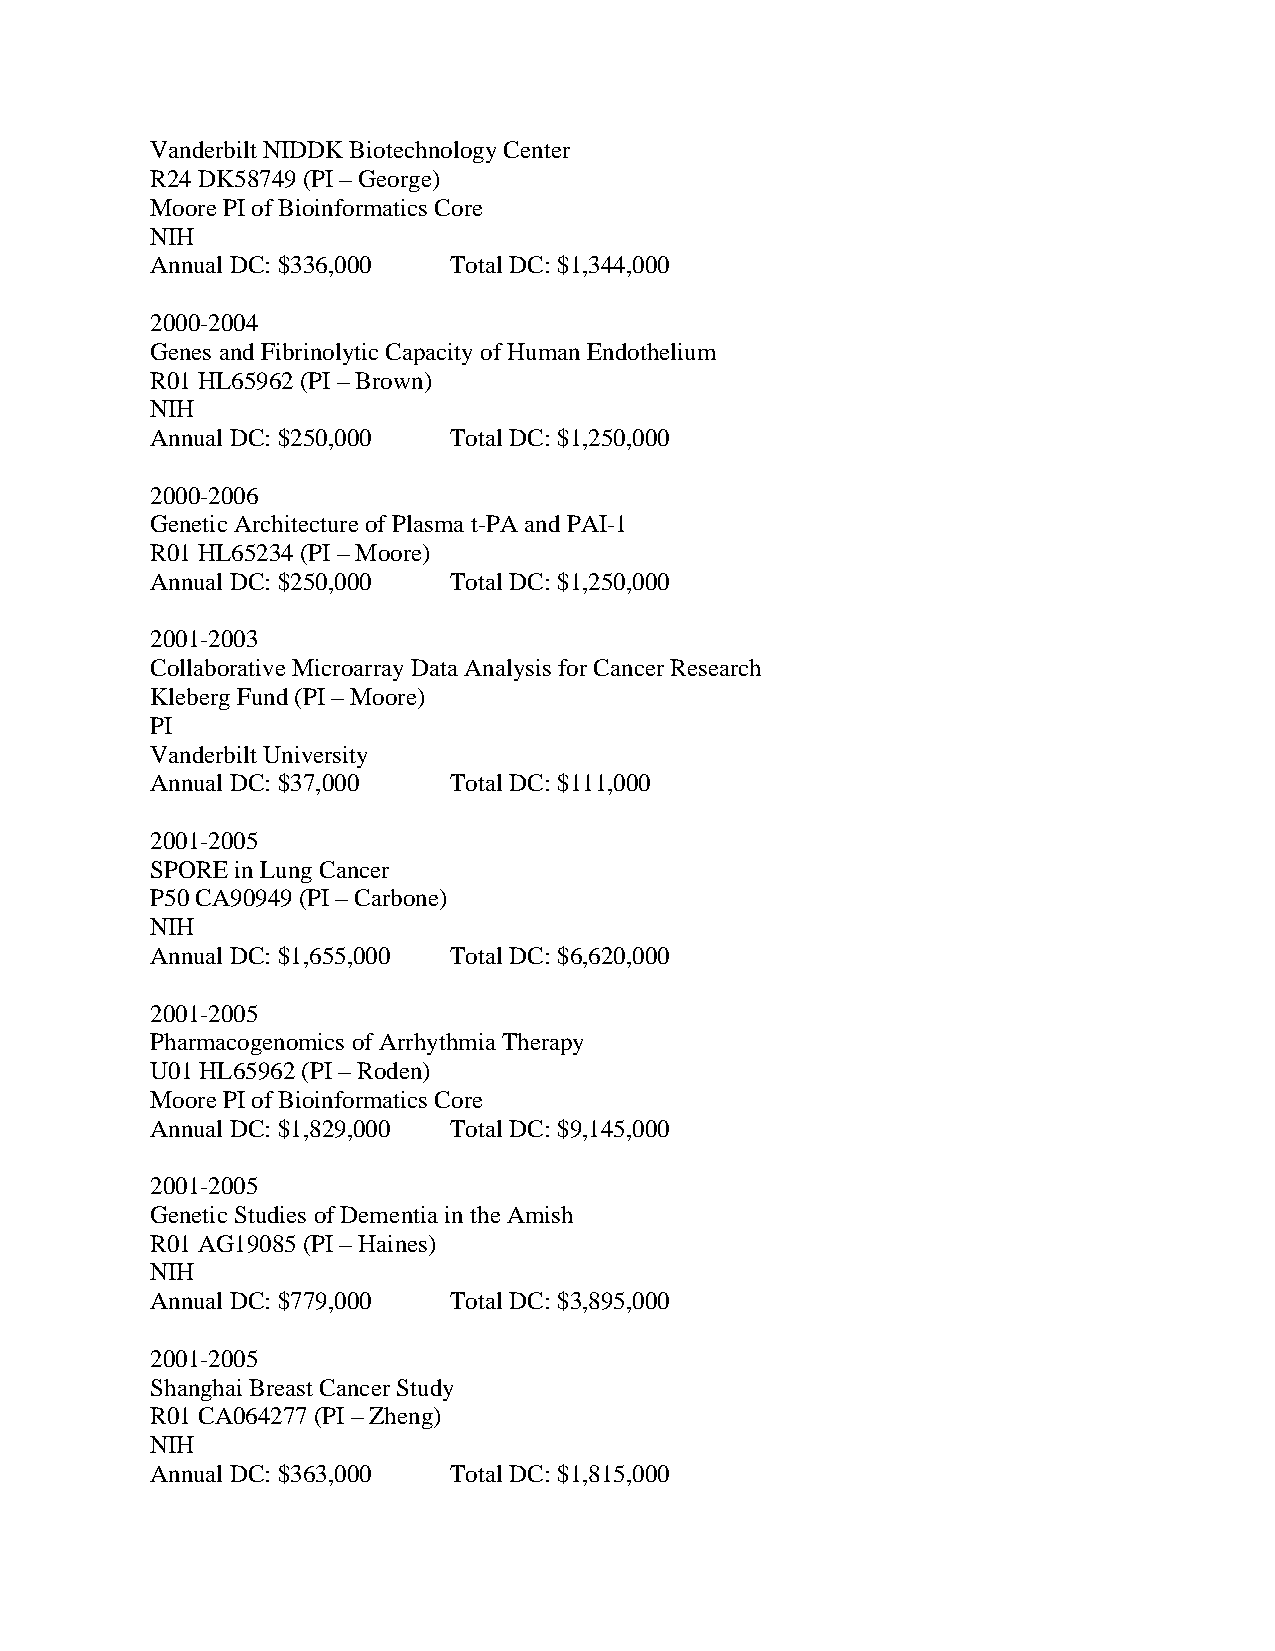
Vanderbilt NIDDK Biotechnology Center
 R24 DK58749 (PI – George)
 Moore PI of Bioinformatics Core
 NIH
 Annual DC: $336,000 Total DC: $1,344,000
 2000-2004
 Genes and Fibrinolytic Capacity of Human Endothelium
 R01 HL65962 (PI – Brown)
 NIH
 Annual DC: $250,000 Total DC: $1,250,000
 2000-2006
 Genetic Architecture of Plasma t-PA and PAI-1
 R01 HL65234 (PI – Moore)
 Annual DC: $250,000 Total DC: $1,250,000
 2001-2003
 Collaborative Microarray Data Analysis for Cancer Research
 Kleberg Fund (PI – Moore)
 PI
 Vanderbilt University
 Annual DC: $37,000  Total DC: $111,000
 2001-2005
 SPORE in Lung Cancer
 P50 CA90949 (PI – Carbone)
 NIH
 Annual DC: $1,655,000 Total DC: $6,620,000
 2001-2005
 Pharmacogenomics of Arrhythmia Therapy
 U01 HL65962 (PI – Roden)
 Moore PI of Bioinformatics Core
 Annual DC: $1,829,000 Total DC: $9,145,000
 2001-2005
 Genetic Studies of Dementia in the Amish
 R01 AG19085 (PI – Haines)
 NIH
 Annual DC: $779,000 Total DC: $3,895,000
 2001-2005
 Shanghai Breast Cancer Study
 R01 CA064277 (PI – Zheng)
 NIH
 Annual DC: $363,000 Total DC: $1,815,000